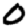
Digit: 0